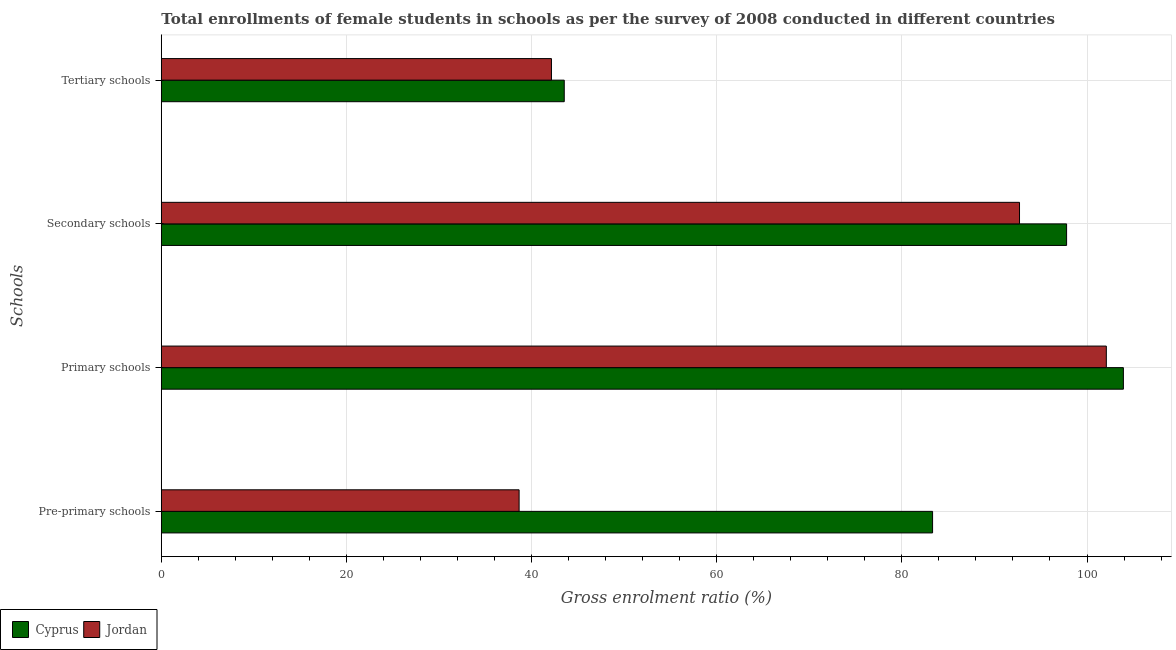
| Schools | Cyprus | Jordan |
 | --- | --- | --- |
 | Pre-primary schools | 83.3 | 38.7 |
 | Primary schools | 104 | 102 |
 | Secondary schools | 97.8 | 92.7 |
 | Tertiary schools | 43.5 | 42.1 |